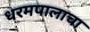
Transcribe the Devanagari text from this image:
धरमपालाचा